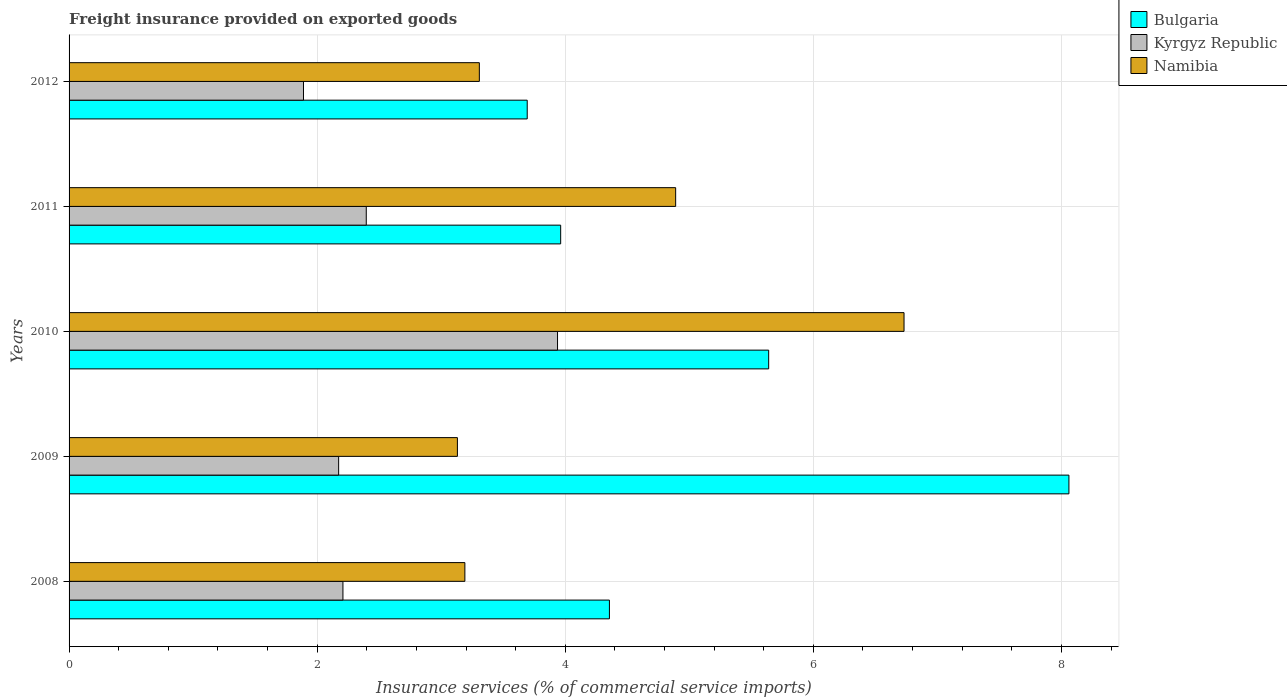
| Years | Bulgaria | Kyrgyz Republic | Namibia |
 | --- | --- | --- | --- |
 | 2008 | 4.36 | 2.21 | 3.19 |
 | 2009 | 8.06 | 2.17 | 3.13 |
 | 2010 | 5.64 | 3.94 | 6.73 |
 | 2011 | 3.96 | 2.4 | 4.89 |
 | 2012 | 3.69 | 1.89 | 3.31 |